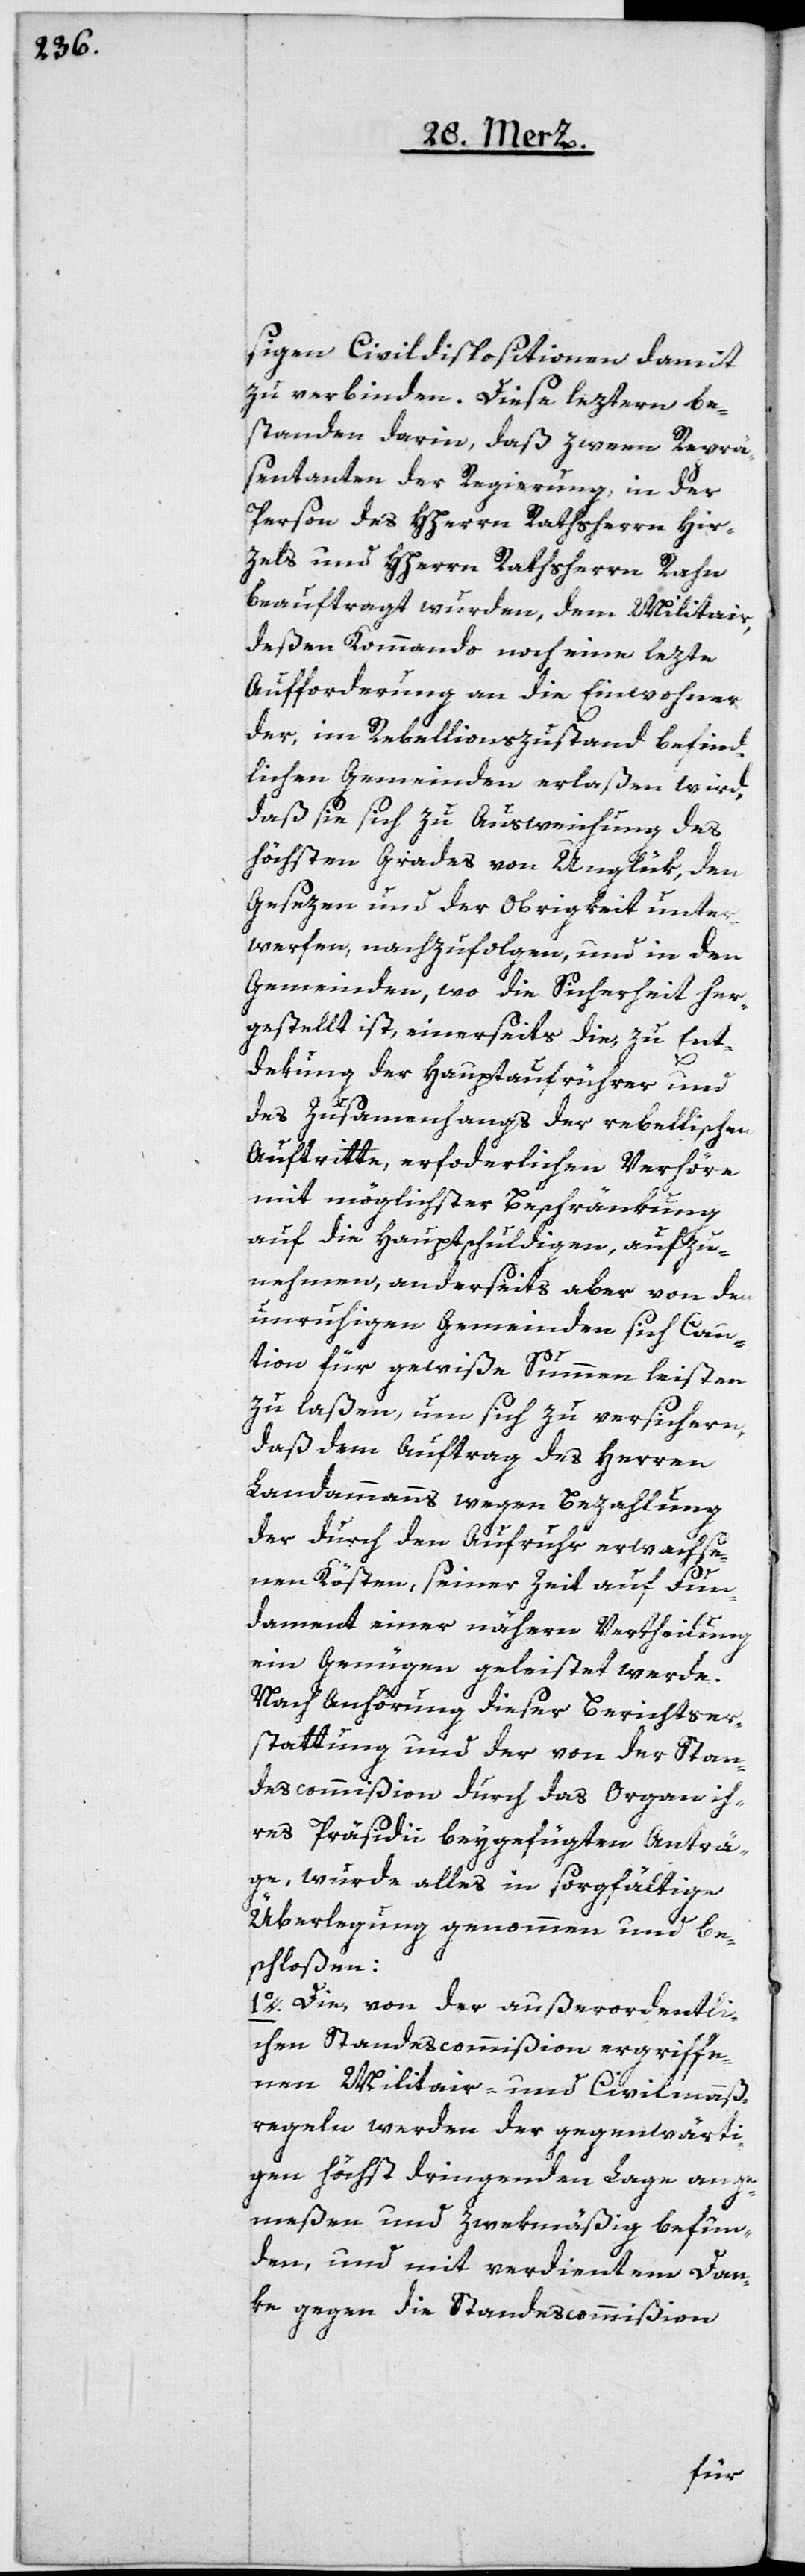
igen Civildispositionen damit
zu verbinden. Diese leztern be¬
standen darin, daß zween Reprä¬
sentanten der Regierung, in der
Person des HHerrn Rathsherrn Hir¬
zels und HHerrn Rathsherrn Rahn
beauftragt wurden, dem Militair,
deßen Kommando noch eine letzte
Aufforderung an die Einwohner
der, im Rebellionszustand befind¬
lichen Gemeinden erlaßen wird,
daß sie sich zu Ausweichung des
höchsten Grades von Unglük, den
Gesezen und der Obrigkeit unter¬
werfen, nachzufolgen, und in den
Gemeinden, wo die Sicherheit her¬
gestellt ist, einerseits die, zu Ent¬
dekung der Hauptaufrührer und
des Zusammenhangs der rebellischen
Auftritte, erforderlichen Verhöre
mit möglichster Beschränkung
auf die Hauptschuldigen, aufzu¬
nehmen, anderseits aber von den
unruhigen Gemeinden sich Cau¬
tion für gewiße Summen leisten
zu laßen, um sich zu versichern,
daß dem Auftrag des Herren
Landammanns wegen Bezahlung
der durch den Aufruhr erwachse¬
nen Kösten, seiner Zeit auf Fun¬
dament einer nähern Vertheilung
ein Genügen geleistet werde.
Nach Anhörung dieser Berichtser¬
stattung und der von der Stan¬
descommißion durch das Organ ih¬
res Präsidii beygefügten Anträ¬
ge, wurde alles in sorgfältige
Überlegung genommen und be¬
schloßen:
1o. Die, von der außerordentli¬
chen Standescommißion ergriffe¬
nen Militair- und Civilmaß¬
regeln werden der gegenwärti¬
gen höchst dringenden Lage ange¬
meßen und zwekmäßig befun¬
den, und mit verdientem Dan¬
ke gegen die Standescommißion